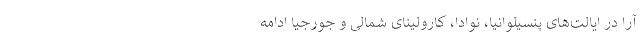
آرا در ایالت‌های پنسیلوانیا، نوادا، کارولینای شمالی و جورجیا ادامه